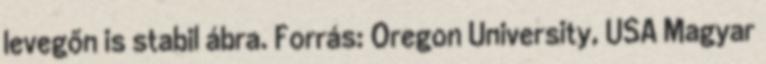
levegőn is stabil ábra. Forrás: Oregon University, USA Magyar